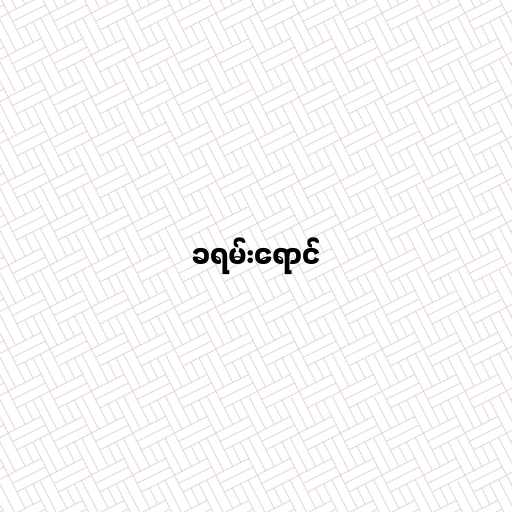
ခရမ်းရောင်